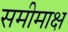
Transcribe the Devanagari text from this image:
समीमाक्ष